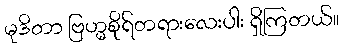
မုဒိတာ ဗြဟ္မစိုရ်တရားလေးပါး ရှိကြတယ်။